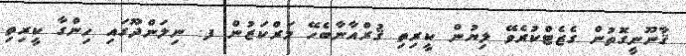
ޤާނޫނީގޮތުން ގެޒެޓްކުރެވޭ ލިޔުން ކީރިތި ޤުރްއާނާބެހޭ މަރްކަޒުން ފ. ނިލަންދޫގައި ހިންގާ ކީރިތި